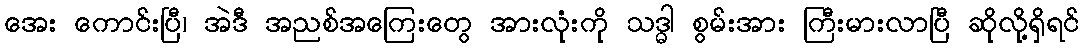
အေး ကောင်းပြီ၊ အဲဒီ အညစ်အကြေးတွေ အားလုံးကို သဒ္ဓါ စွမ်းအား ကြီးမားလာပြီ ဆိုလို့ရှိရင်